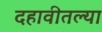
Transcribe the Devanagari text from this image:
दहावीतल्या